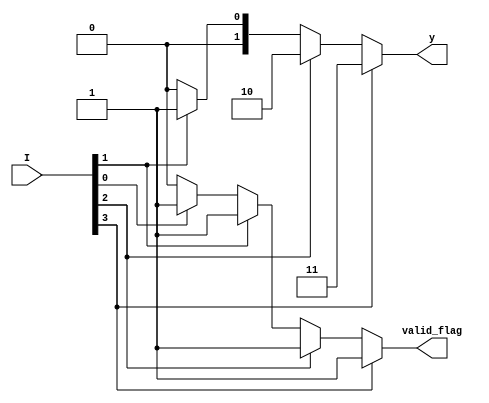
`timescale 1ns / 1ps
//////////////////////////////////////////////////////////////////////////////////
// Company: 
// Engineer: 
// 
// Design Name: 
// Module Name: Priority_Encoder_4to2
// Project Name: 
// Target Devices: 
// Tool Versions: 
// Description: 
// 
// Dependencies: 
// 
// Revision:
// Revision 0.01 - File Created
// Additional Comments:
// 
//////////////////////////////////////////////////////////////////////////////////
// Design a 4:2 Priority Encoder 

module Priority_Encoder_4to2(
                                input [3:0] I,
                                output reg [1:0] y,
                                output reg valid_flag
                                    );
/*
assign y[1] = (I[2] | I[3]) ;
assign y[0] = I[3] | (~I[2])&(I[1]) ;
assign valid_flag = (I[0] | I[1] | I[2] | I[3]) ;  
*/

always @(*)
begin   
        if( I[3])
        begin
            y = 2'b11;
            valid_flag = 1'b1;
        end 

        else if( I[2])
        begin
            y = 2'b10;
            valid_flag = 1'b1;
        end 
        
        else if( I[1])
        begin
            y = 2'b01;
            valid_flag = 1'b1;
        end  
              
        else if( I[0])
        begin
            y = 2'b00;
            valid_flag = 1'b1;
        end        
           
        else
        begin
            y = 2'b00;
            valid_flag = 1'b0;
        end
end                        
                                    
endmodule